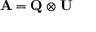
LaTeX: \mathbf { A } = \mathbf { Q } \otimes \mathbf { U }